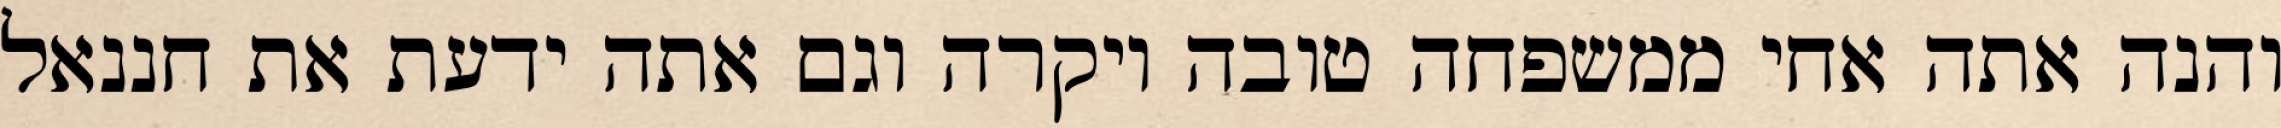
והנה אתה אחי ממשפחה טובה ויקרה וגם אתה ידעת את חננאל